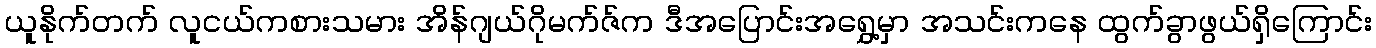
ယူနိုက်တက် လူငယ်ကစားသမား အိန်ဂျယ်ဂိုမက်ဇ်က ဒီအပြောင်းအရွှေ့မှာ အသင်းကနေ ထွက်ခွာဖွယ်ရှိကြောင်း